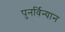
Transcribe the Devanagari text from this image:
पुनर्विन्यान